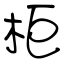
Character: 柜